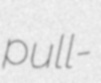
pull-